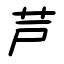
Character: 芦